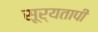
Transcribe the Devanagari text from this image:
सूर्यतापी